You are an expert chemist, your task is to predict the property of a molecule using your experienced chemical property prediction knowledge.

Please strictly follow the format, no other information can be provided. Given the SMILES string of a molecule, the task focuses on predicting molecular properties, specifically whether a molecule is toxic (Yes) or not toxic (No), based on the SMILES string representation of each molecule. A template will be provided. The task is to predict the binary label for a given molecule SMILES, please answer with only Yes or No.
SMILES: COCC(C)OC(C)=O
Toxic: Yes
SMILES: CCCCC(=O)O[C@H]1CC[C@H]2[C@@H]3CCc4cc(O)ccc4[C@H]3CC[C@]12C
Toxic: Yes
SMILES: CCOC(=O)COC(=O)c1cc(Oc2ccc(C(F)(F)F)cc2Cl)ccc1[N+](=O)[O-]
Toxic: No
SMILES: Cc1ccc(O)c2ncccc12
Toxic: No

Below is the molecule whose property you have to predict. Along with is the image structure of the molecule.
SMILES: COc1ccc(OC)c(Cl)c1
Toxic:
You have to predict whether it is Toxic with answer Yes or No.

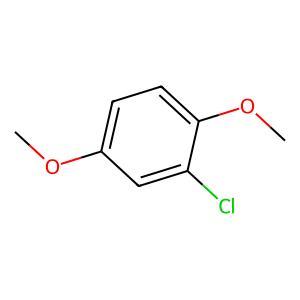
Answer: No